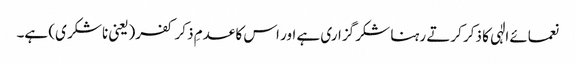
نعمائے الٰہی کا ذکر کرتے رہنا شکر گزاری ہے اور اس کا عدمِ ذکر کفر(یعنی ناشکر ی) ہے۔